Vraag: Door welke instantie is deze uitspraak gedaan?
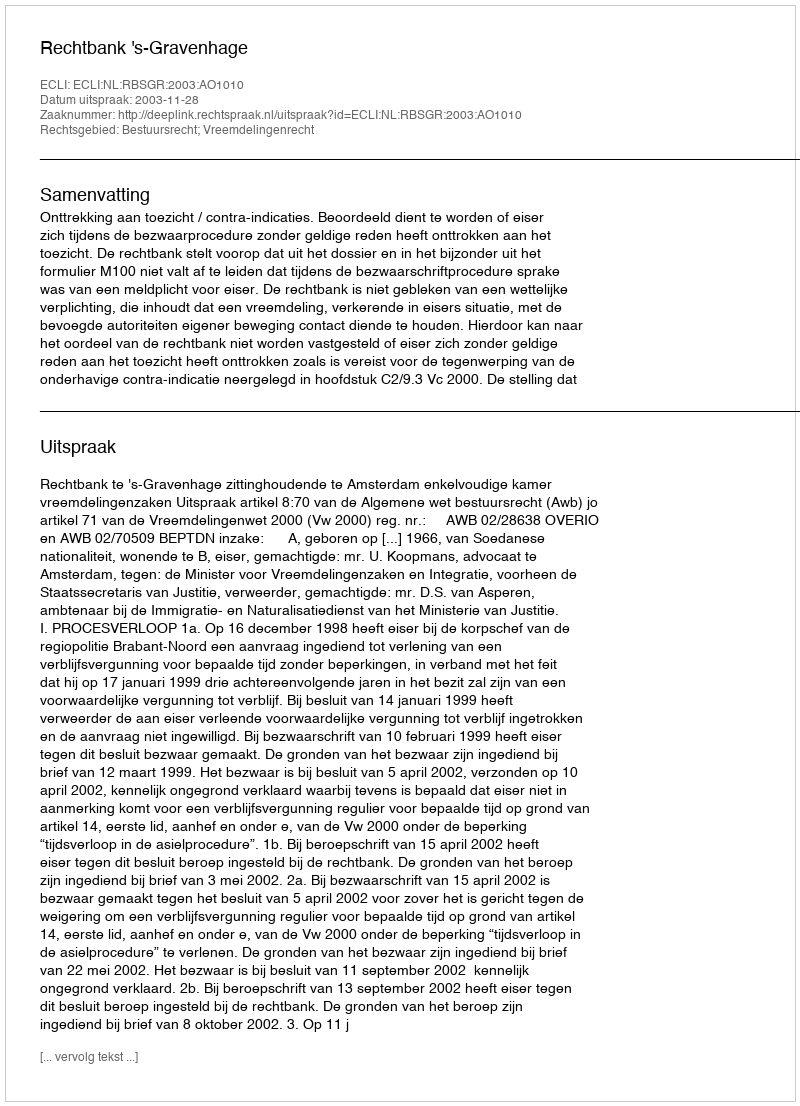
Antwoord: Rechtbank 's-Gravenhage